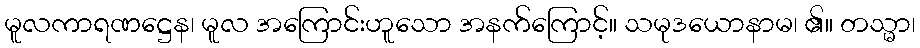
မူလကာရဏဋ္ဌေန၊ မူလ အကြောင်းဟူသော အနက်ကြောင့်။ သမုဒယောနာမ၊ ၏။ တသ္မာ၊